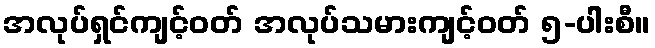
အလုပ်ရှင်ကျင့်ဝတ် အလုပ်သမားကျင့်ဝတ် ၅-ပါးစီ။